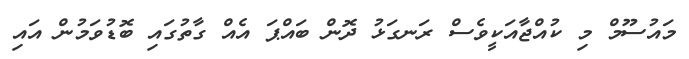
މައުސޫމް މި ކުއްޖާއަކީވެސް ރަނގަޅު ދޮން ބައްޕަ އެއް ގާތުގައި ބޮޑުވަމުން އައި